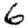
Digit: 6